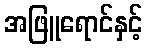
အဖြူရောင်နှင့်